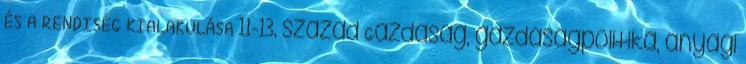
ÉS A RENDISÉG KIALAKULÁSA 11-13. század Gazdaság, gazdaságpolitika, anyagi